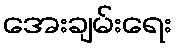
အေးချမ်းရေး